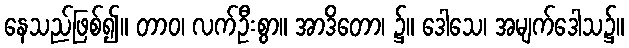
နေသည်ဖြစ်၍။ တာဝ၊ လက်ဦးစွာ။ အာဒိတော၊ ၌။ ဒေါသေ၊ အမျက်ဒေါသ၌။